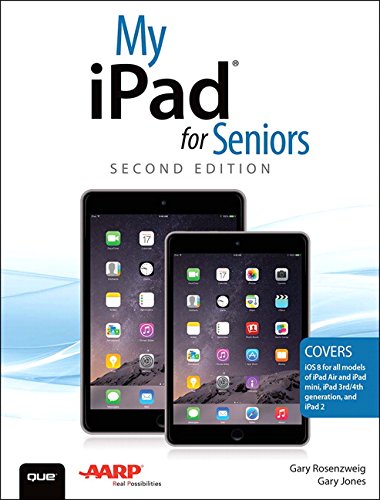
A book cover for My iPad for Seniors (Covers iOS 8 on all models of  iPad Air, iPad mini, iPad 3rd/4th generation, and iPad 2) (2nd Edition); Gary Rosenzweig; Computers & Technology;